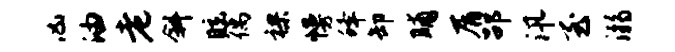
凶油老斜眩偶裸幔蜂卸晡屑劭汛至溺